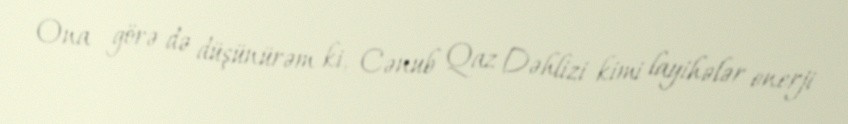
Ona görə də düşünürəm ki, Cənub Qaz Dəhlizi kimi layihələr enerji